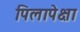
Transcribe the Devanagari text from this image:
पिलापेक्षा